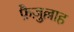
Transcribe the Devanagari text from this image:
फ़ैज़ुल्लाह